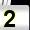
Digit: 2